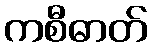
ကစီဓာတ်